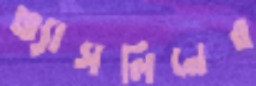
ভ্যাসলিনের